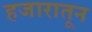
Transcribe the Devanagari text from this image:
हजारातून